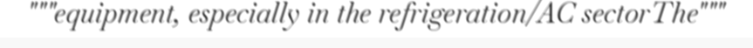
"""equipment, especially in the refrigeration/AC sectorThe"""